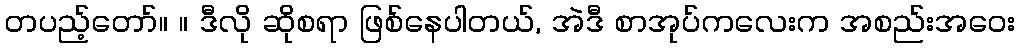
တပည့်တော်။ ။ ဒီလို ဆိုစရာ ဖြစ်နေပါတယ်, အဲဒီ စာအုပ်ကလေးက အစည်းအဝေး